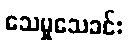
သေမှုသေခင်း